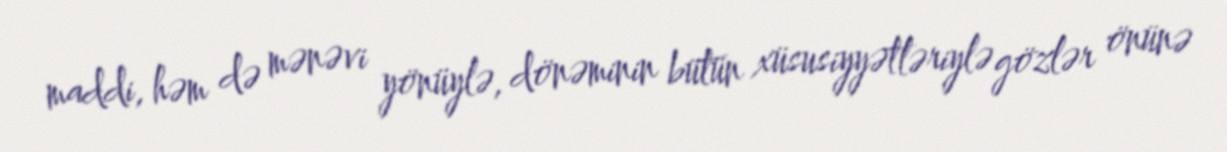
maddi, həm də mənəvi yönüylə, dönəminin bütün xüsusiyyətləriylə gözlər önünə